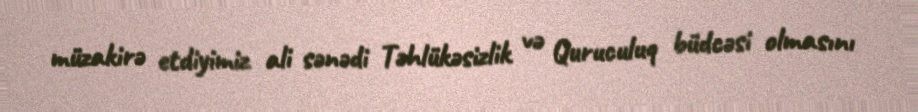
müzakirə etdiyimiz ali sənədi Təhlükəsizlik və Quruculuq büdcəsi olmasını